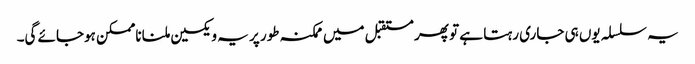
یہ سلسلہ یوں ہی جاری رہتا ہے تو پھر مستقبل میں ممکنہ طور پر یہ ویکسین ملنا ناممکن ہوجائے گی۔